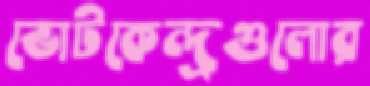
ভোটকেন্দ্রগুলোর